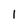
Character: 1